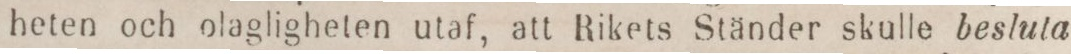
heten och olagligheten utaf, att Rikets Ständer skulle besluta